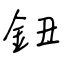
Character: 鈕